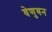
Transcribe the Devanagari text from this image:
वेणुबन